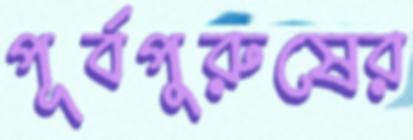
পূর্বপুরুষের